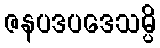
ဇနပဒပဒေသမ္ပိ